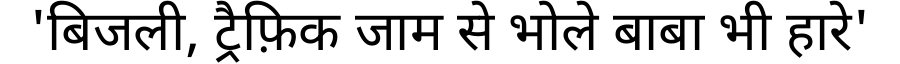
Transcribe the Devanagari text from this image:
'बिजली, ट्रैफ़िक जाम से भोले बाबा भी हारे'